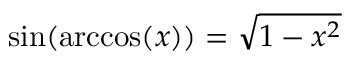
\sin ( \operatorname { a r c c o s } ( x ) ) = { \sqrt { 1 - x ^ { 2 } } }